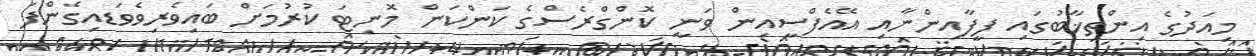
މިއަދުގެ އިންތިޚާބުގައި ފީފާއިންނާއި އޭއެފްސީއިން ވަނީ ކޮންގްރެސްގެ ކަންކަން މޮނިޓަ ކުރުމަށް ބައިވެރިވެވަޑއިގެންފަ